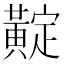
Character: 𪏉